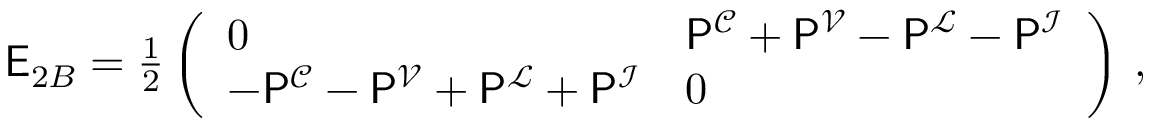
\begin{array} { r } { \mathsf { E } _ { 2 B } = \frac { 1 } { 2 } \left( \begin{array} { l l } { 0 } & { \mathsf { P } ^ { \mathcal { C } } + \mathsf { P } ^ { \mathcal { V } } - \mathsf { P } ^ { \mathcal { L } } - \mathsf { P } ^ { \mathcal { I } } } \\ { - \mathsf { P } ^ { \mathcal { C } } - \mathsf { P } ^ { \mathcal { V } } + \mathsf { P } ^ { \mathcal { L } } + \mathsf { P } ^ { \mathcal { I } } } & { 0 } \end{array} \right) \, , } \end{array}